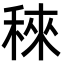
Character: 䅘